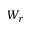
W _ { r }